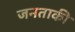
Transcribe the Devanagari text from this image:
जनताकी